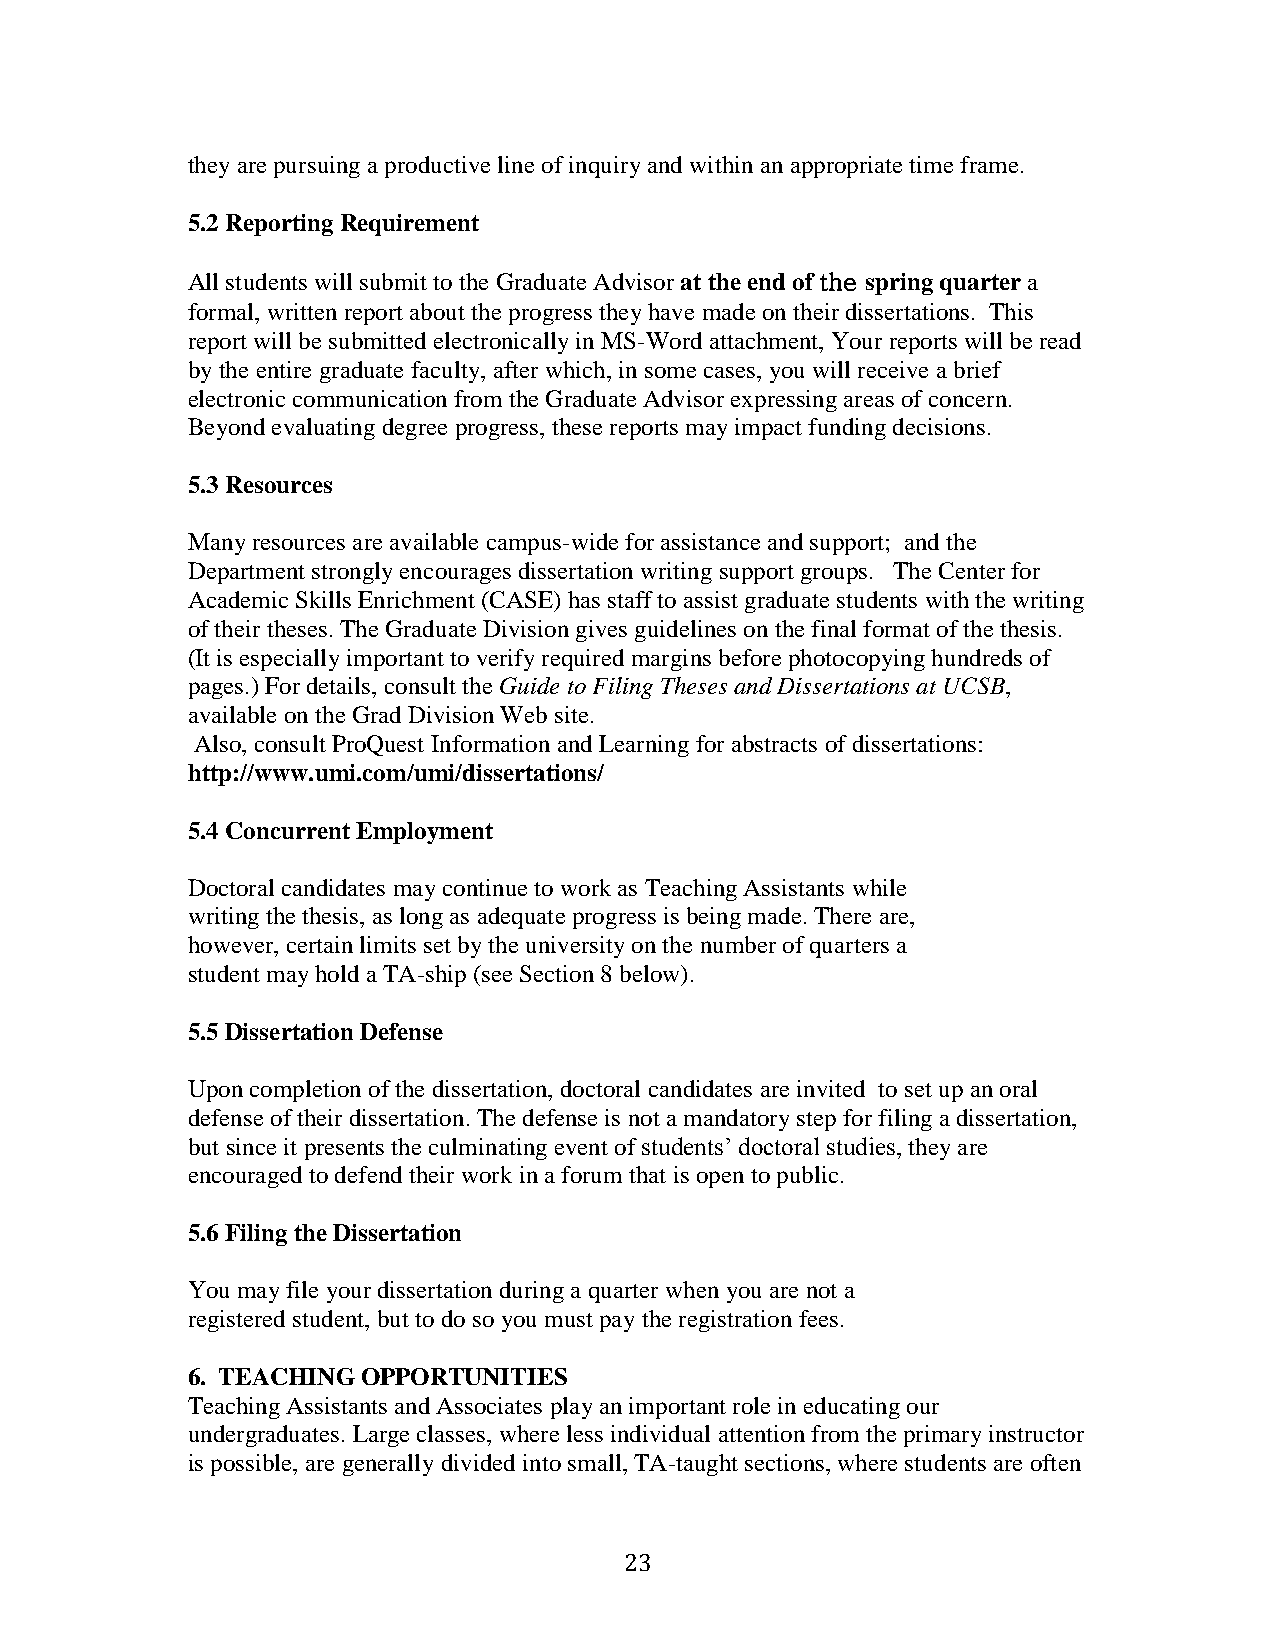
they are pursuing a productive line of inquiry and within an appropriate time frame.
 5.2 Reporting Requirement
 All students will submit to the Graduate Advisor at the end of the spring quarter a
 formal, written report about the progress they have made on their dissertations. This
 report will be submitted electronically in MS-Word attachment, Your reports will be read
 by the entire graduate faculty, after which, in some cases, you will receive a brief
 electronic communication from the Graduate Advisor expressing areas of concern.
 Beyond evaluating degree progress, these reports may impact funding decisions.
 5.3 Resources
 Many resources are available campus-wide for assistance and support; and the
 Department strongly encourages dissertation writing support groups. The Center for
 Academic Skills Enrichment (CASE) has staff to assist graduate students with the writing
 of their theses. The Graduate Division gives guidelines on the final format of the thesis.
 (It is especially important to verify required margins before photocopying hundreds of
 pages.) For details, consult the Guide to Filing Theses and Dissertations at UCSB,
 available on the Grad Division Web site.
 Also, consult ProQuest Information and Learning for abstracts of dissertations:
 http://www.umi.com/umi/dissertations/
 5.4 Concurrent Employment
 Doctoral candidates may continue to work as Teaching Assistants while
 writing the thesis, as long as adequate progress is being made. There are,
 however, certain limits set by the university on the number of quarters a
 student may hold a TA-ship (see Section 8 below).
 5.5 Dissertation Defense
 Upon completion of the dissertation, doctoral candidates are invited to set up an oral
 defense of their dissertation. The defense is not a mandatory step for filing a dissertation,
 but since it presents the culminating event of students’ doctoral studies, they are
 encouraged to defend their work in a forum that is open to public.
 5.6 Filing the Dissertation
 You may file your dissertation during a quarter when you are not a
 registered student, but to do so you must pay the registration fees.
 6. TEACHING OPPORTUNITIES
 Teaching Assistants and Associates play an important role in educating our
 undergraduates. Large classes, where less individual attention from the primary instructor
 is possible, are generally divided into small, TA-taught sections, where students are often
 23